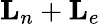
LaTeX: {\mathbf{L}}_{n}+{\mathbf{L}}_{e}